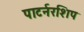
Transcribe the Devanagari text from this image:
पाटर्नरशिप